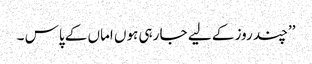
’’چند روز کے لیے جا رہی ہوں اماں کے پاس ۔